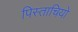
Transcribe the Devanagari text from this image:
पिस्ताचियो